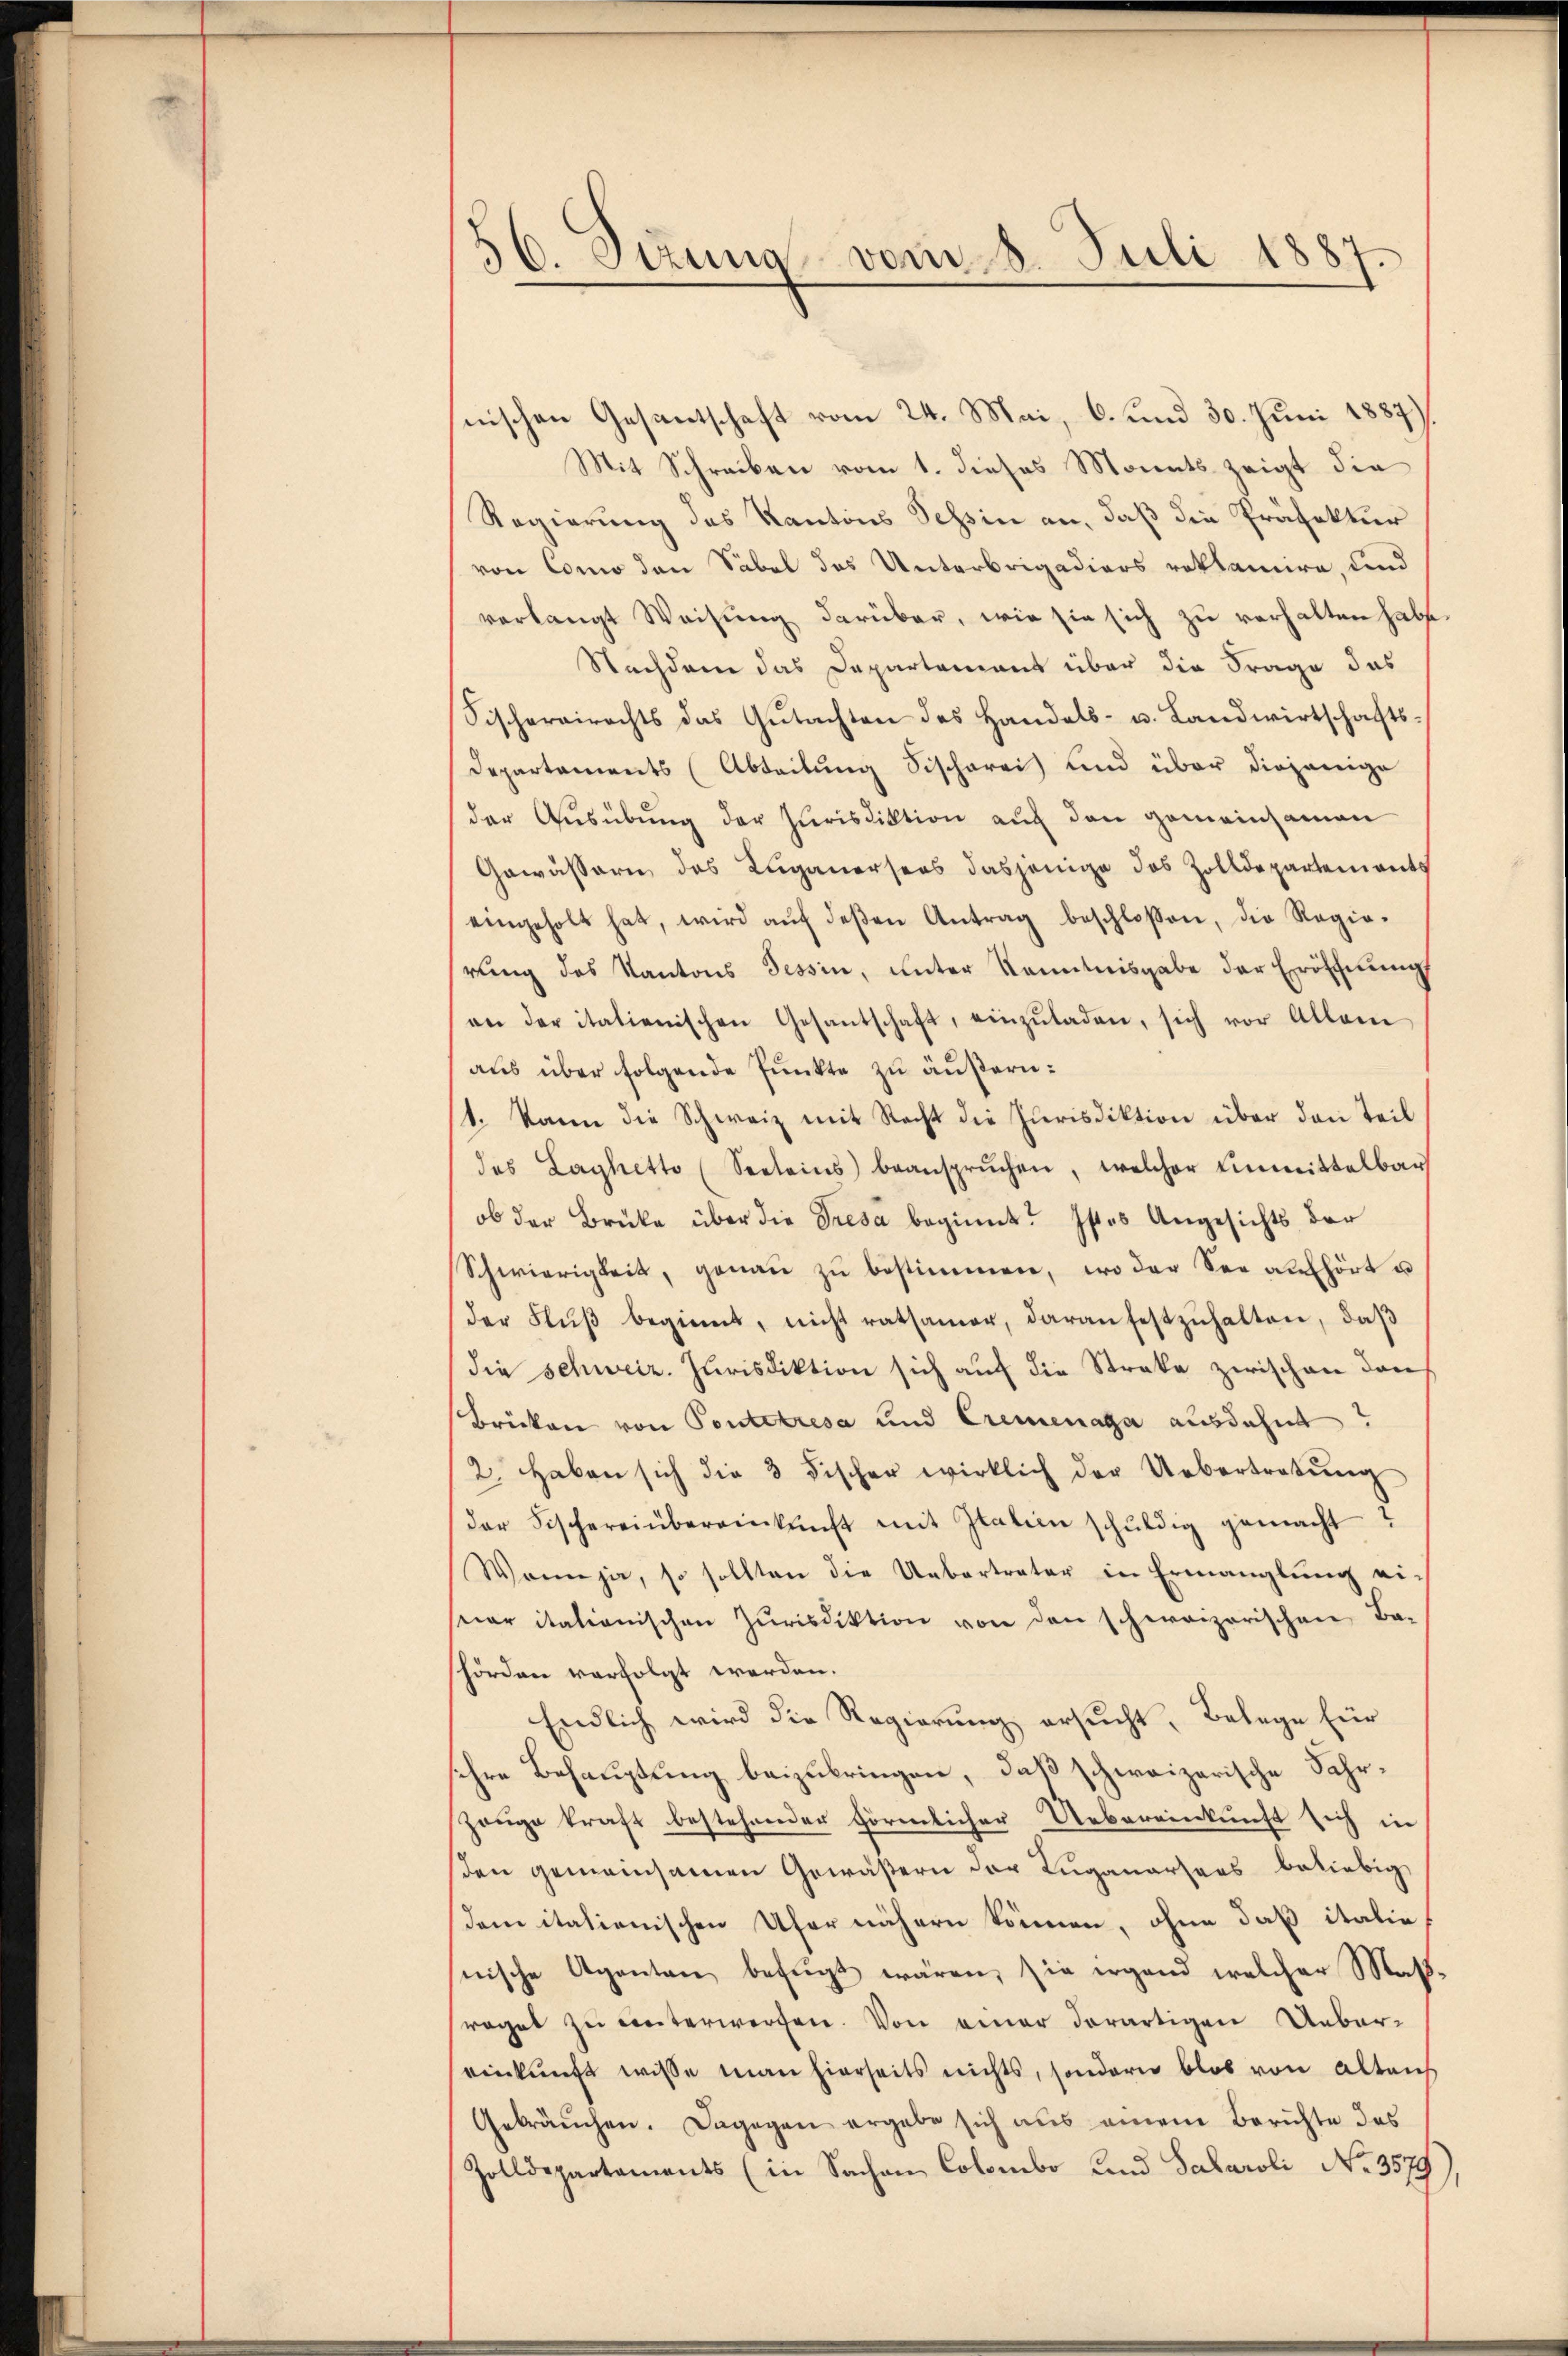
56. Dezung vom 8. Juli 1887.

nischen Gesantschaft vom 24. Mai, 6. und 30. Juni 1887)
Mit Schreiben vom 1. dieses Monats zeigt die
Regierung des Kantons Tessin an, daß die Präfektur
von Como den Säbel des Unterbrigadiers reklamire, und
verlangt Weisung darüber, wie sie sich zu verhalten habe.
Nachdem das Departement über die Frage das
Fischereirechts das Gŭtachten des Handels- u. Landwirtschafts-
Departements (Abteilung Sischerei und über diejenige
der Ausübung der Jurisdiktion auf den gemeinsamen
Gewässern des Luganersees dasjenige das Zolldepartements
eingeholt hat, wird aŭf deβen Antrag beschloßen, die Regie-
rung des Kantons Tessin, unter Kenntnisgabe der Eröffnung
an der italienischen Gesantschaft, einzŭladen, sich vor Allein
aus über folgende Punkte zu äußern:
1. kann die Schweiz mit Recht die Jurisdiktion über den Teil
des Laghetto (Seeleins) beansprŭchen, welcher Einmittelbar
ob der Brücke über die Tresa beginnt. Istes Angesichts der
Schwierigkeit, genau zu bestimmen, wo der See aufhört u
der Flŭβ beginnt, nicht ratsamer, daran festzŭhalten, daβ
die schweiz. Jurisdiktion sich auf die Streke zwischen den
Brüken von Pontetresa und Cremenaga ausdehnt?
2. Haben sich die 3 Fischer wirklich der Uebertretŭng
der Fischereinbereinkunft mit Italien schŭldig gemacht?
Wann ja, so sollten die Uebertreter in Ermanglung ei-
seer itationischen Zŭrisdiktion von den schweizerischen Ba-
hörden verfolgt werden.
Endlich wird die Regierung ersucht, Belege für
sehre Behauptung beizubringen, daß schweizerische Fahr¬
Zeuge kraft bestehender förmlicher Uebereinkunft sich in
den gemeinsamen Gewäßern der Luganarsers beliebig
dem italienischen Ufer nähern können, ohne daß italie
snische Agenten befŭgt wären, sie irgend welcher Maßraget zu unterwerfen. Von einer derartigen Uebereinkunft wisse man hierseits nichts, sondern blos von Altaus
Gebräuchen. Dagegen ergabe sich aus einem Berichte des
Zolldepartaments (in Sachen Colombo und Salaroli No 3579